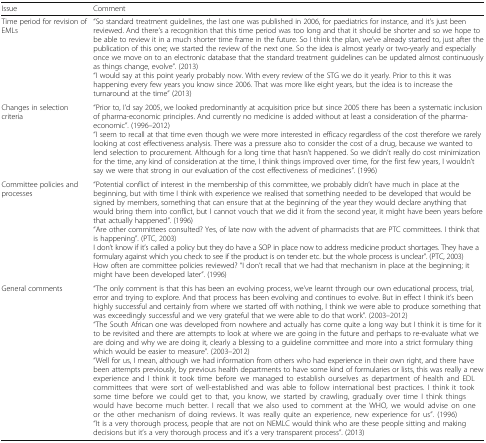
<table><thead><tr><td><b>Issue</b></td><td><b>Comment</b></td></tr></thead><tbody><tr><td>Time period for revision of EMLs</td><td>“So standard treatment guidelines, the last one was published in 2006, for paediatrics for instance, and it’s just been reviewed. And there’s a recognition that this time period was too long and that it should be shorter and so we hope to be able to review it in a much shorter time frame in the future. So I think the plan, we’ve already started to, just after the publication of this one; we started the review of the next one. So the idea is almost yearly or two-yearly and especially once we move on to an electronic database that the standard treatment guidelines can be updated almost continuously as things change, evolve”. (2013)“I would say at this point yearly probably now. With every review of the STG we do it yearly. Prior to this it was happening every few years you know since 2006. That was more like eight years, but the idea is to increase the turnaround at the time” (2013)</td></tr><tr><td>Changes in selection criteria</td><td>“Prior to, I’d say 2005, we looked predominantly at acquisition price but since 2005 there has been a systematic inclusion of pharma-economic principles. And currently no medicine is added without at least a consideration of the pharma-economic”. (1996–2012)“I seem to recall at that time even though we were more interested in efficacy regardless of the cost therefore we rarely looking at cost effectiveness analysis. There was a pressure also to consider the cost of a drug, because we wanted to lend selection to procurement. Although for a long time that hasn’t happened. So we didn’t really do cost minimization for the time, any kind of consideration at the time, I think things improved over time, for the first few years, I wouldn’t say we were that strong in our evaluation of the cost effectiveness of medicines”. (1996)</td></tr><tr><td>Committee policies and processes</td><td>“Potential conflict of interest in the membership of this committee, we probably didn’t have much in place at the beginning, but with time I think with experience we realised that something needed to be developed that would be signed by members, something that can ensure that at the beginning of the year they would declare anything that would bring them into conflict, but I cannot vouch that we did it from the second year, it might have been years before that actually happened”. (1996)“Are other committees consulted? Yes, of late now with the advent of pharmacists that are PTC committees. I think that is happening”. (PTC, 2003)I don’t know if it’s called a policy but they do have a SOP in place now to address medicine product shortages. They have a formulary against which you check to see if the product is on tender etc. but the whole process is unclear”. (PTC, 2003)How often are committee policies reviewed? “I don’t recall that we had that mechanism in place at the beginning; it might have been developed later”. (1996)</td></tr><tr><td>General comments</td><td>“The only comment is that this has been an evolving process, we’ve learnt through our own educational process, trial, error and trying to explore. And that process has been evolving and continues to evolve. But in effect I think it’s been highly successful and certainly from where we started off with nothing, I think we were able to produce something that was exceedingly successful and we very grateful that we were able to do that work”. (2003–2012)“The South African one was developed from nowhere and actually has come quite a long way but I think it is time for it to be revisited and there are attempts to look at where we are going in the future and perhaps to re-evaluate what we are doing and why we are doing it, clearly a blessing to a guideline committee and more into a strict formulary thing which would be easier to measure”. (2003–2012)“Well for us, I mean, although we had information from others who had experience in their own right, and there have been attempts previously, by previous health departments to have some kind of formularies or lists, this was really a new experience and I think it took time before we managed to establish ourselves as department of health and EDL committees that were sort of well-established and was able to follow international best practices. I think it took some time before we could get to that, you know, we started by crawling, gradually over time I think things would have become much better. I recall that we also used to comment at the WHO, we would advise on one or the other mechanism of doing reviews. It was really quite an experience, new experience for us”. (1996)“It is a very thorough process, people that are not on NEMLC would think who are these people sitting and making decisions but it’s a very thorough process and it’s a very transparent process”. (2013)</td></tr></tbody></table>